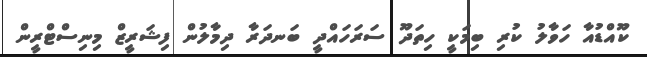
ކޫއްޑުއާ ހަވާލު ކުރި ބިމަކީ ހިތަދޫ ސަރަހައްދީ ބަނދަރާ ދިމާލުން ފިޝަރީޒް މިނިސްޓްރީން